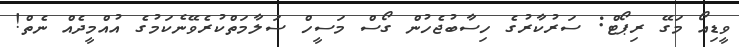
ވީޑިއޯ މަގޭ ރިޕޯޓް: ސަރުކާރުގެ ހިސާބުޖެހުން ގޯސް މަސީހް ސަލާމަތްކުރެވޭނެކަމުގެ އުއްމީދެއް ނެތް!